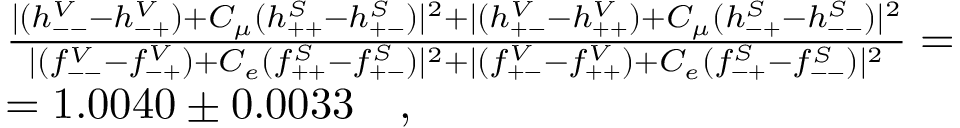
\begin{array} { r l } { { } } & { { \frac { | ( h _ { -- } ^ { V } - h _ { - + } ^ { V } ) + C _ { \mu } ( h _ { + + } ^ { S } - h _ { + - } ^ { S } ) | ^ { 2 } + | ( h _ { + - } ^ { V } - h _ { + + } ^ { V } ) + C _ { \mu } ( h _ { - + } ^ { S } - h _ { -- } ^ { S } ) | ^ { 2 } } { | ( f _ { -- } ^ { V } - f _ { - + } ^ { V } ) + C _ { e } ( f _ { + + } ^ { S } - f _ { + - } ^ { S } ) | ^ { 2 } + | ( f _ { + - } ^ { V } - f _ { + + } ^ { V } ) + C _ { e } ( f _ { - + } ^ { S } - f _ { -- } ^ { S } ) | ^ { 2 } } = } } \\ { { } } & { { = 1 . 0 0 4 0 \pm 0 . 0 0 3 3 \ \ \ , } } \end{array}